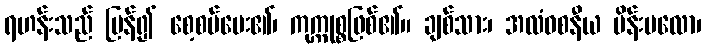
ရဟန်းသည် ပြန်၍ စေ့စပ်ပေး၏၊ ကုက္ကုစ္စဖြစ်၏။ ချစ်သား၊ အလံဝစနီယ မိန်းမလော၊